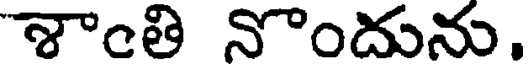
శాంతి నొందును.